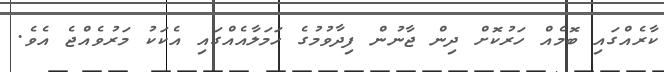
ކާރެއްގައި ބޮމެއް ހަރުކޮށް ދިން ޖާނުން ފިދާވުމުގެ ހަމަލާއެއްގައި އެކަކު މަރުވެއްޖެ އެވެ.